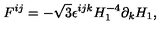
F ^ { i j } = - \sqrt { 3 } \epsilon ^ { i j k } H _ { 1 } ^ { - 4 } \partial _ { k } H _ { 1 } ,